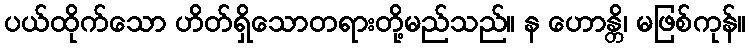
ပယ်ထိုက်သော ဟိတ်ရှိသောတရားတို့မည်သည်။ န ဟောန္တိ၊ မဖြစ်ကုန်။